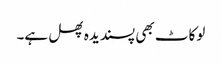
لوکاٹ بھی پسندیدہ پھل ہے۔